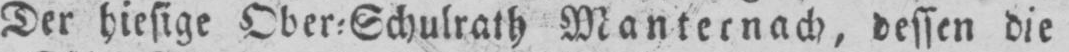
Der hiesige Ober⸗Schulrath Manternach, dessen die